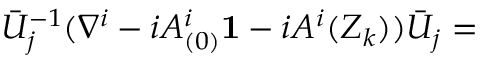
\bar { U } _ { j } ^ { - 1 } ( \nabla ^ { i } - i A _ { ( 0 ) } ^ { i } { \bf 1 } - i A ^ { i } ( Z _ { k } ) ) \bar { U } _ { j } =